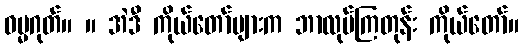
ဓမ္မဂုတ်။ ။ အဲဒီ ကိုယ်တော်များက ဘာလုပ်ကြတုန်း ကိုယ်တော်။